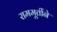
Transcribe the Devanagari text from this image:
राममूर्तीने